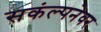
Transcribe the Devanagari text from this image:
सकंल्पनेवर